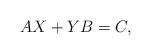
LaTeX: \begin{align*}\begin{aligned}AX+YB=C,\end{aligned}\end{align*}